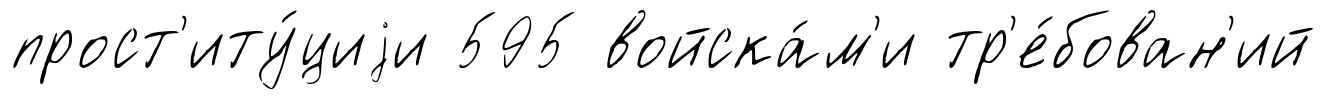
прост'иту́циjи 595 войска́м'и тр'е́бован'ий